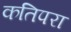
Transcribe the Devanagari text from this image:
कतिपरा